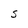
Character: S